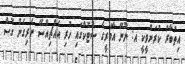
އިތުބާރު ކުރަންވީކީ އ: ނޫނޭ އާމަރީގެ ސްޓޮކްގައި ހުރި އެއްޗިއްސޭ ނެރިގެން ގޮސް